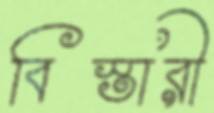
বিস্তারী